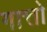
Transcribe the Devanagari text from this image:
गात्तो